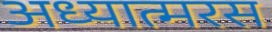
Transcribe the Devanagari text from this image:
अध्यात्मरस